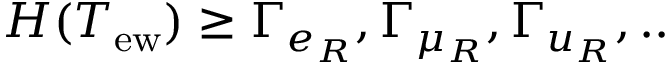
H ( T _ { \mathrm { e w } } ) \geq \Gamma _ { e _ { R } } , \Gamma _ { \mu _ { R } } , \Gamma _ { u _ { R } } , . .